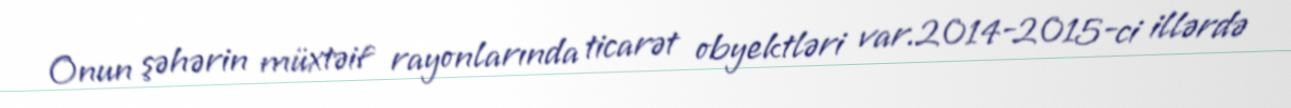
Onun şəhərin müxtəif rayonlarında ticarət obyektləri var.2014-2015-ci illərdə